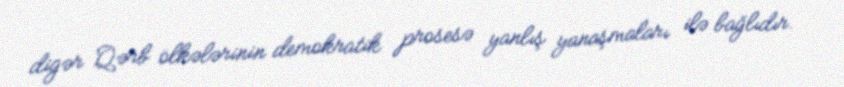
digər Qərb ölkələrinin demokratik prosesə yanlış yanaşmaları ilə bağlıdır.